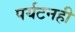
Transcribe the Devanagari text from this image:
पर्यटनही